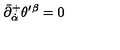
\bar { \partial } _ { \dot { \alpha } } ^ { + } \theta ^ { \prime } { } ^ { \beta } = 0